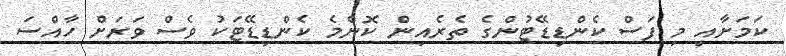
ކަމަށާއި މި ފަސް ކެންޑިޑޭޓުންގެ ތެރެއިން ކޮންމެ ކެންޑިޑޭޓަކު ވެސް ވަރަށް ހާއްސަ